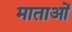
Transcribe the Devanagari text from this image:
माताआें